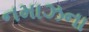
નમાઝના